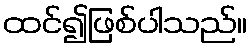
ထင်၍ဖြစ်ပါသည်။